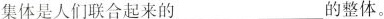
集体是人们联合起来的___的整体。